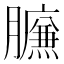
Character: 𰯧